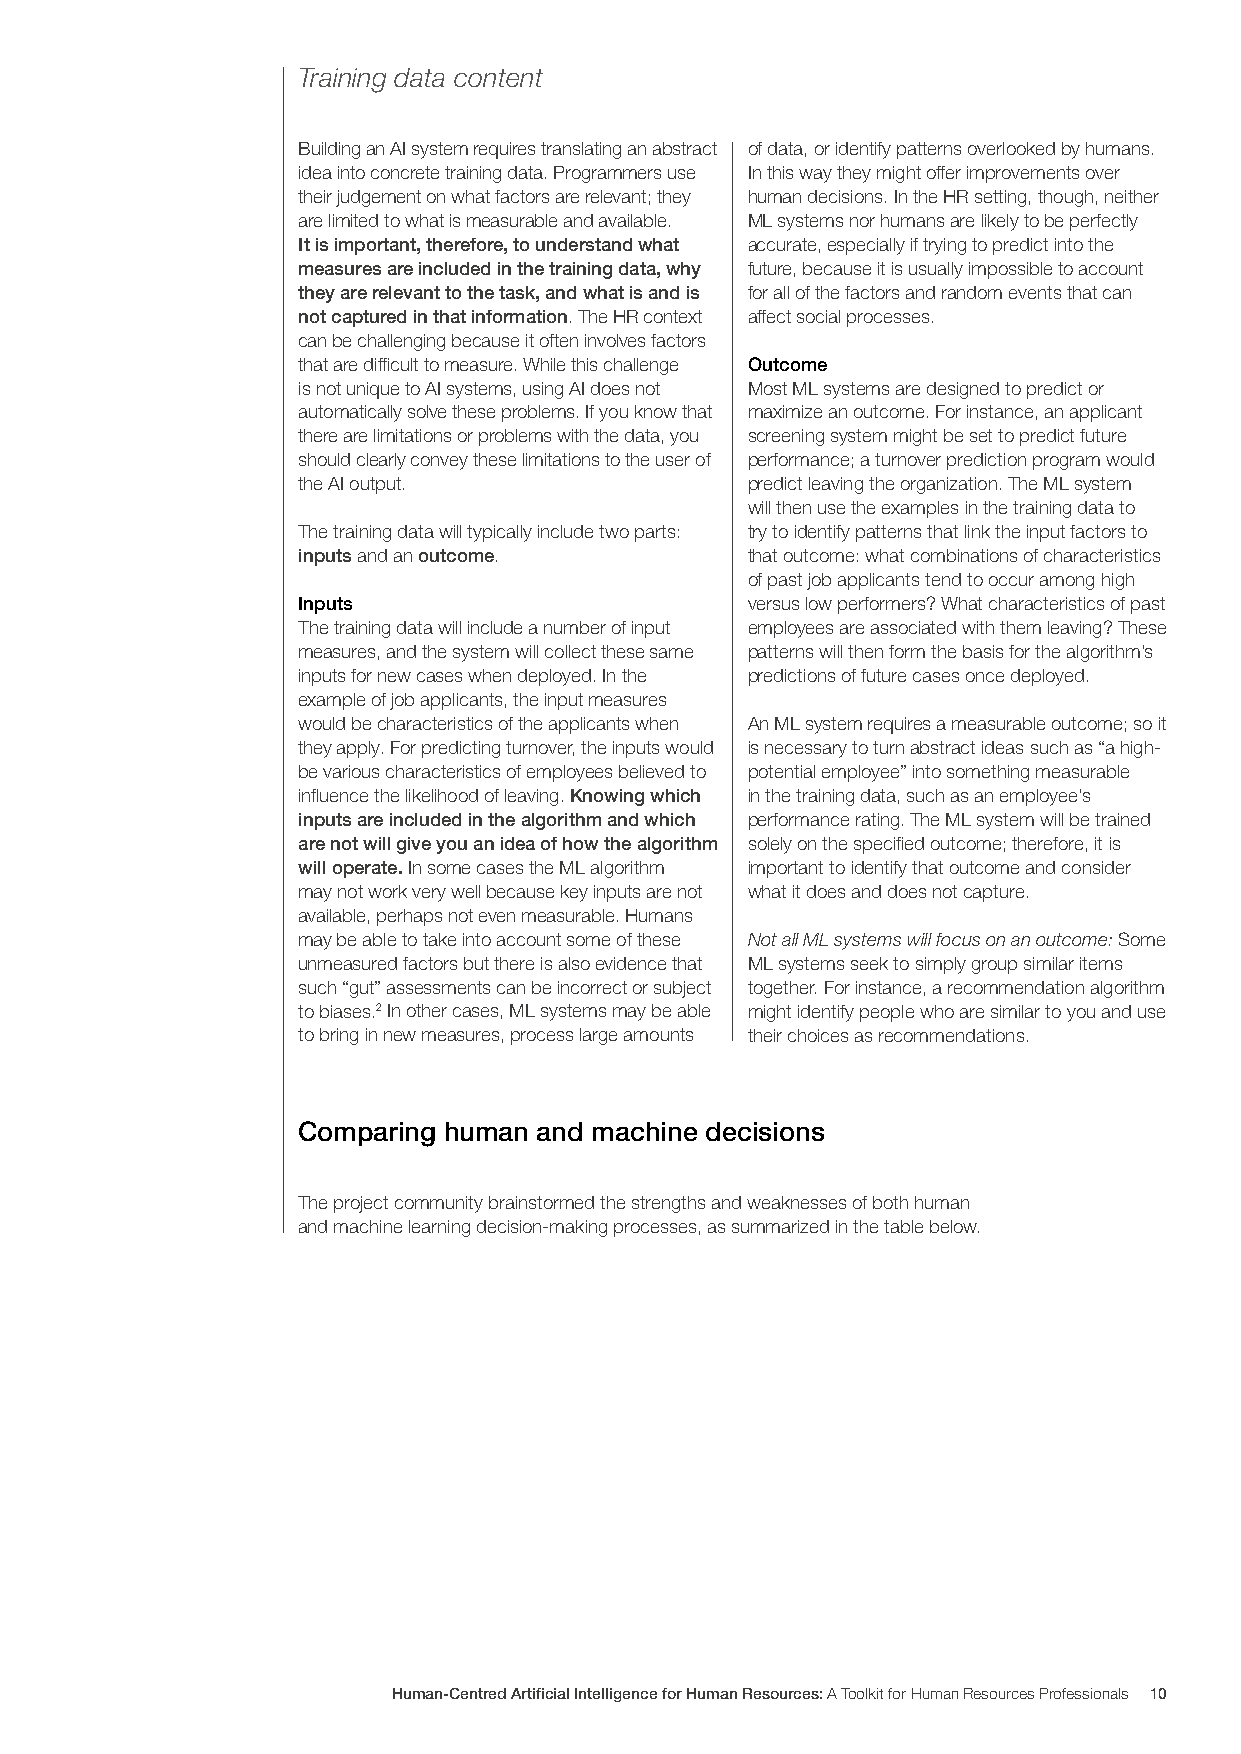
Training data content
 Building an AI system requires translating an abstract of data, or identify patterns overlooked by humans.
 idea into concrete training data. Programmers use In this way they might offer improvements over
 their judgement on what factors are relevant; they human decisions. In the HR setting, though, neither
 are limited to what is measurable and available. ML systems nor humans are likely to be perfectly
 It is important, therefore, to understand what accurate, especially if trying to predict into the
 measures are included in the training data, why future, because it is usually impossible to account
 they are relevant to the task, and what is and is for all of the factors and random events that can
 not captured in that information. The HR context affect social processes.
 can be challenging because it often involves factors
 that are difficult to measure. While this challenge Outcome
 is not unique to AI systems, using AI does not Most ML systems are designed to predict or
 automatically solve these problems. If you know that maximize an outcome. For instance, an applicant
 there are limitations or problems with the data, you screening system might be set to predict future
 should clearly convey these limitations to the user of performance; a turnover prediction program would
 the AI output.               predict leaving the organization. The ML system
 will then use the examples in the training data to
 The training data will typically include two parts: try to identify patterns that link the input factors to
 inputs and an outcome.       that outcome: what combinations of characteristics
 of past job applicants tend to occur among high
 Inputs                       versus low performers? What characteristics of past
 The training data will include a number of input employees are associated with them leaving? These
 measures, and the system will collect these same patterns will then form the basis for the algorithm’s
 inputs for new cases when deployed. In the predictions of future cases once deployed.
 example of job applicants, the input measures
 would be characteristics of the applicants when An ML system requires a measurable outcome; so it
 they apply. For predicting turnover, the inputs would is necessary to turn abstract ideas such as “a high-
 be various characteristics of employees believed to potential employee” into something measurable
 influence the likelihood of leaving. Knowing which in the training data, such as an employee’s
 inputs are included in the algorithm and which performance rating. The ML system will be trained
 are not will give you an idea of how the algorithm solely on the specified outcome; therefore, it is
 will operate. In some cases the ML algorithm important to identify that outcome and consider
 may not work very well because key inputs are not what it does and does not capture.
 available, perhaps not even measurable. Humans
 may be able to take into account some of these Not all ML systems will focus on an outcome: Some
 unmeasured factors but there is also evidence that ML systems seek to simply group similar items
 such “gut” assessments can be incorrect or subject together. For instance, a recommendation algorithm
 to biases.2 In other cases, ML systems may be able might identify people who are similar to you and use
 to bring in new measures, process large amounts their choices as recommendations.
 Comparing human and machine decisions
 The project community brainstormed the strengths and weaknesses of both human
 and machine learning decision-making processes, as summarized in the table below.
 Human-Centred Artificial Intelligence for Human Resources: A Toolkit for Human Resources Professionals 10